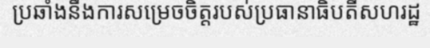
ប្រឆាំងនឹងការសម្រេចចិត្តរបស់ប្រធានាធិបតីសហរដ្ឋ